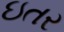
ઇતર